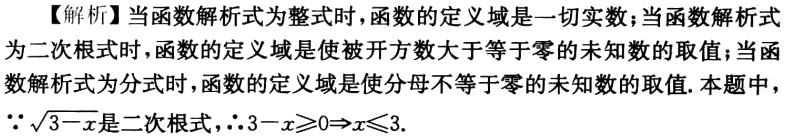
【解析】当函数解析式为整式时，函数的定义域是一切实数；当函数解析式为二次根式时，函数的定义域是使被开方数大于等于零的未知数的取值；当函数解析式为分式时，函数的定义域是使分母不等于零的未知数的取值. 本题中，$\because\sqrt{3 - x}$是二次根式，$\therefore3 - x\geqslant0\Rightarrow x\leqslant3$.